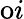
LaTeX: \mathrm{o}i